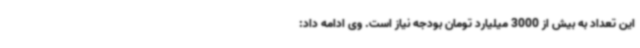
این تعداد به بیش از 3000 میلیارد تومان بودجه نیاز است. وی ادامه داد: